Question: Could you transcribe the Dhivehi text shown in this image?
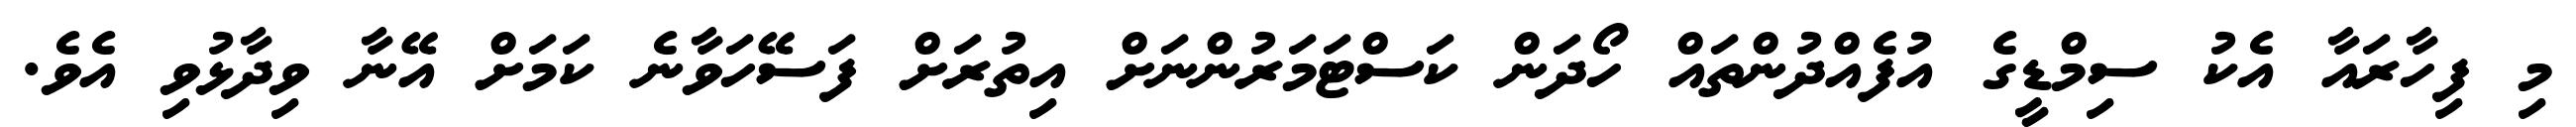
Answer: މި ފިހާރައާ އެކު ސިމްޑީގެ އުފެއްދުންތައް ހޯދަން ކަސްޓަމަރުންނަށް އިތުރަށް ފަސޭހަވާނެ ކަމަށް އޭނާ ވިދާޅުވި އެވެ.